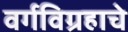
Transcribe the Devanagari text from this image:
वर्गविग्रहाचे